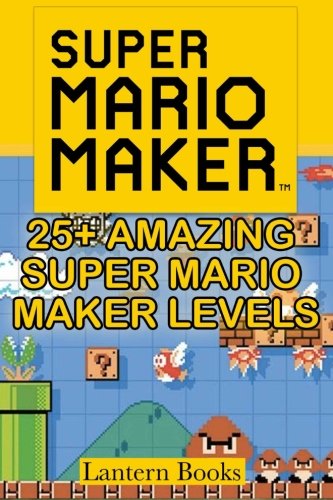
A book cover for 25+ Amazing Super Mario Maker Levels; Lantern Books; Humor & Entertainment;